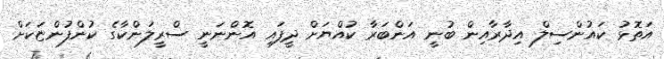
އަތޮޅު ކައުންސިލް އިދާރާއިން ބުނީ އަންބަރާ ކުއްޔަށް ދީފައި އޮންނަނީ ސްރީލަންކާގެ ކުންފުންޏަކަށް